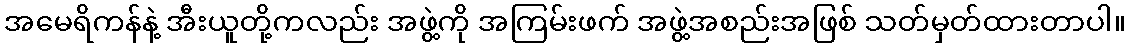
အမေရိကန်နဲ့ အီးယူတို့ကလည်း အဖွဲ့ကို အကြမ်းဖက် အဖွဲ့အစည်းအဖြစ် သတ်မှတ်ထားတာပါ။